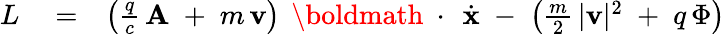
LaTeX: \begin{array}{rlr}{L}&{{}=}&{\left(\frac{q}{c}\, {\mathbf A}\; +\; m\, {\mathbf v}\right)\, \mathrm{~\boldmath~\cdot~}\, \dot{\mathbf x}\; -\; \left(\frac{m}{2}\, |{\mathbf v}|^{2}\; +\; q\, \Phi\right)}\end{array}